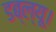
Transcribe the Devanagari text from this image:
डब्ल्यू।